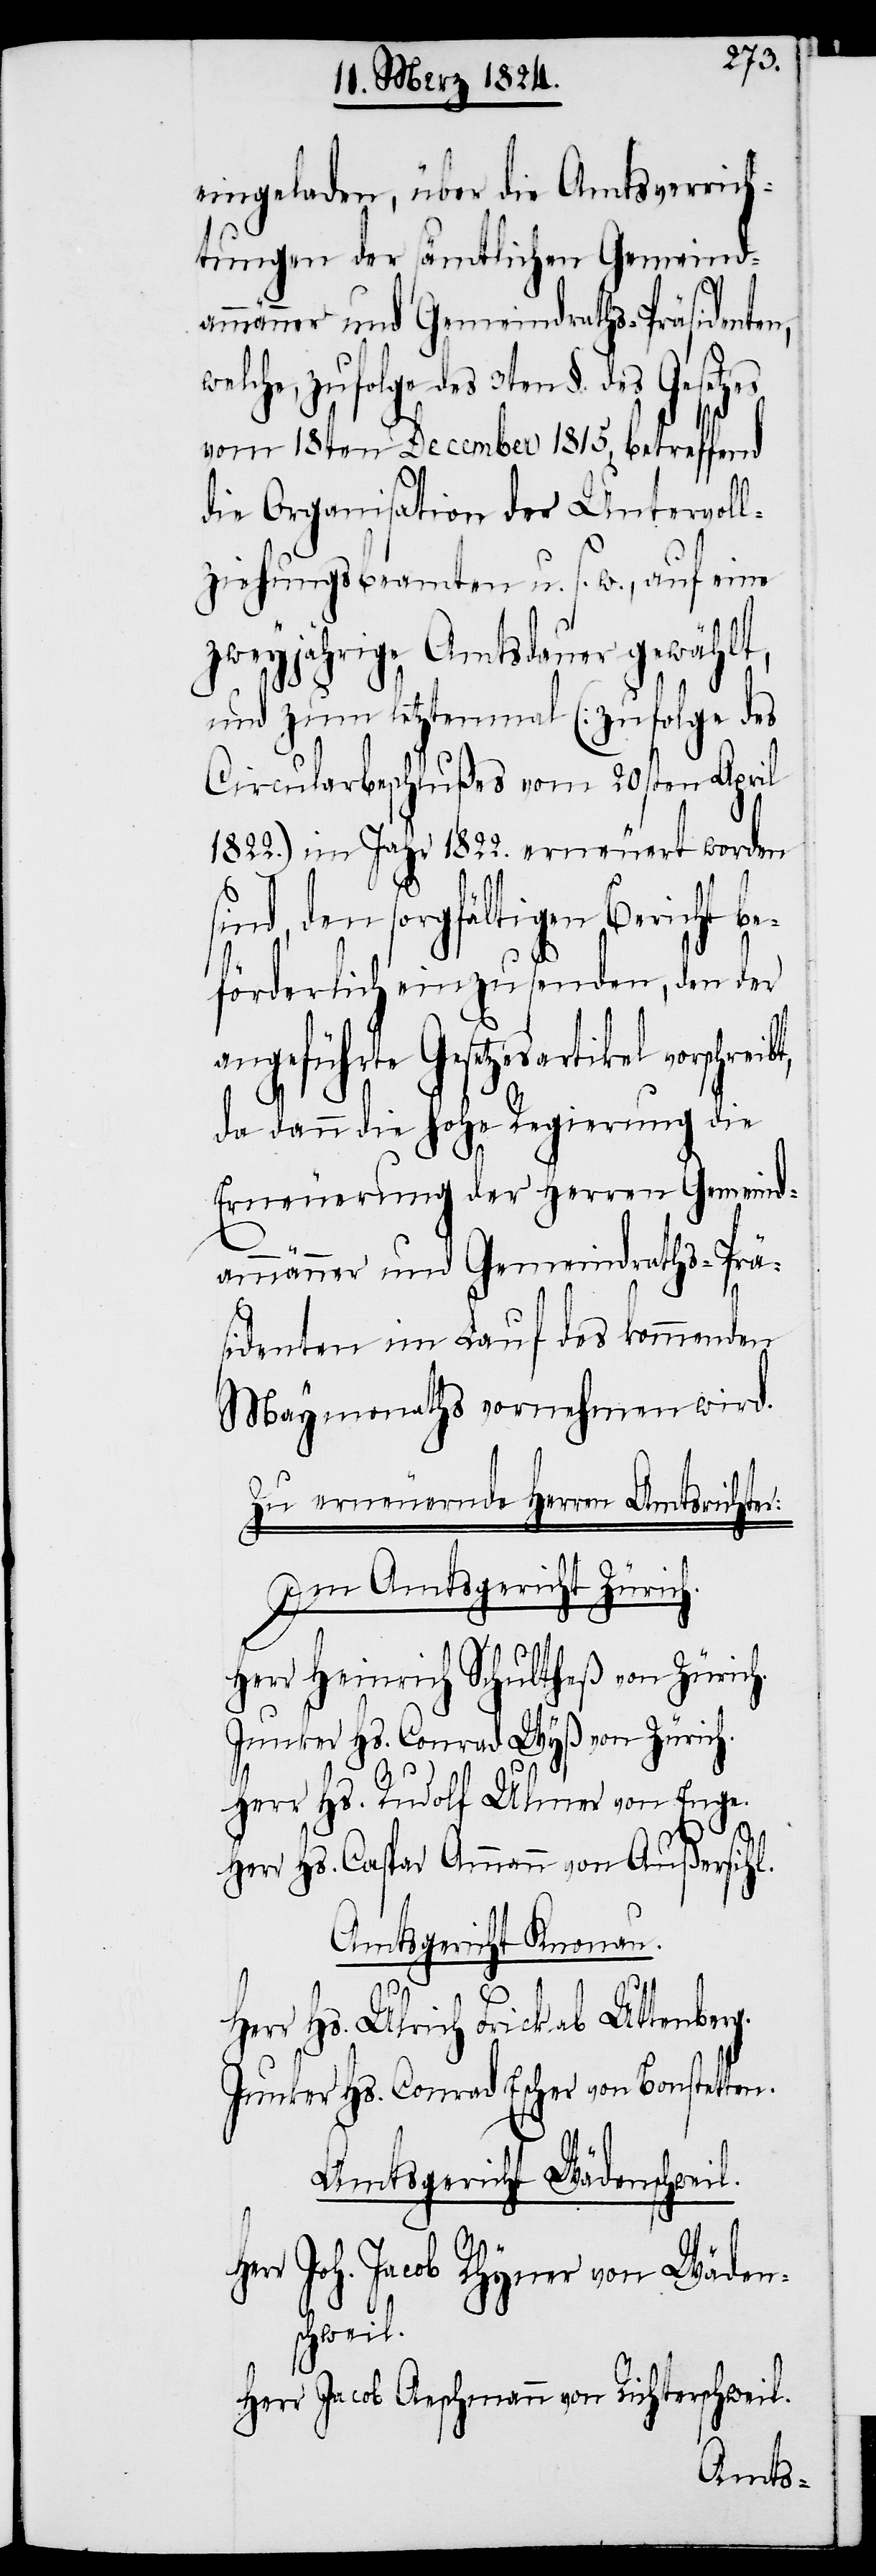
eingeladen, über die Amtsverrich¬
tungen der sämtlichen Gemeind¬
des 3ten §. des Gesetzes
vom 18ten December 1815, betreffend
die Organisation der Untervoll¬
ziehungsbeamten u. s. w., auf eine
zweyjährige Amtsdauer gewählt,
und zum letztenmal (: Zufolge des
Circularbeschlußes vom 20sten April
1822.) im Jahr 1822. erneuert worden
sind, den sorgfältigen Bericht be¬
förderlich einzusenden, den der
angeführte Gesetzesartikel
da dann die hohe Regierung die
Erneuerung der Herren Gemeind¬
ammänner und Gemeindraths-Prä¬
sidenten im Lauf des kommenden
Maymonaths vornehmen wird.
Zu erneuernde Herren Amtsrichter:
Im Amtsgericht Zürich.
Herr Heinrich Schultheß von Zürich.
Junker Hs, Conrad Wyß von Zürich.
Herr Hs. Rudolf Ulmer von Enge.
Herr Hs. Caspar Ammann von Außersihl.
Amtsgericht Knonau.
He¬
Herr Hs. Ulrich Frick ab Uttenberg.
Junker Hs. Conrad Escher von Bonstetten.
Amtsgericht Wädenschweil.
rr Joh. Jacob Rhyner von Wäden¬
schweil.
Herr Jacob Aeschmann von Richterschweil.